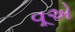
વૂએ